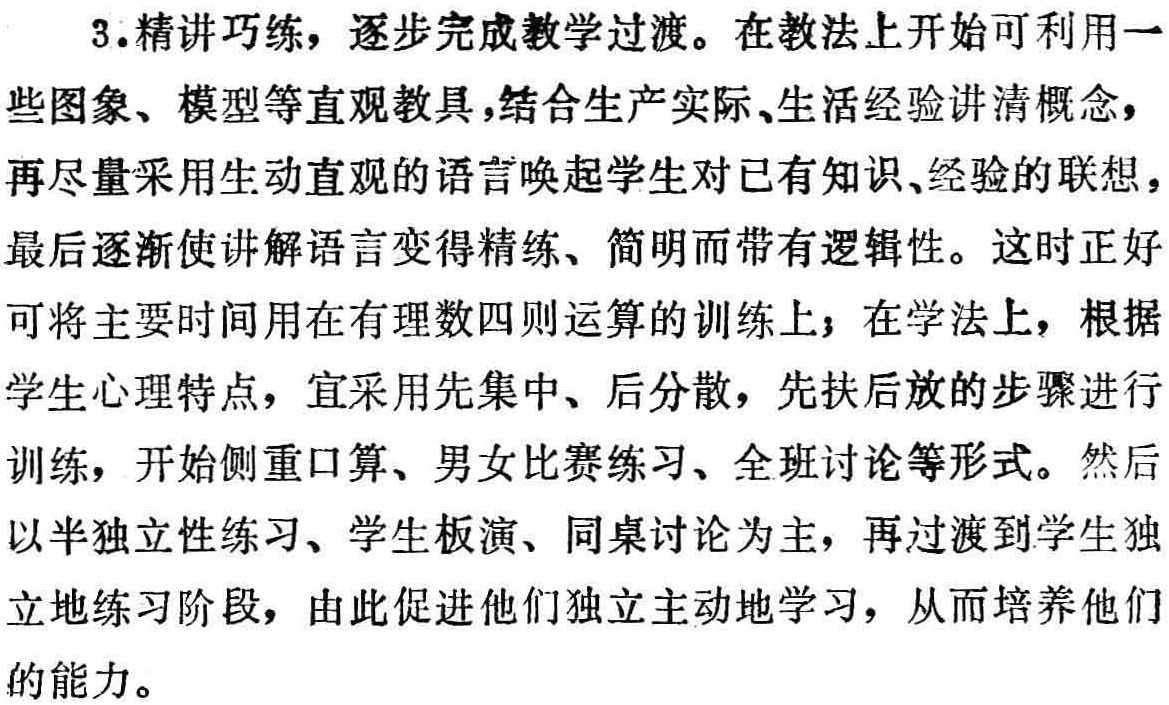
3.精讲巧练，逐步完成教学过渡。在教法上开始可利用一些图象、模型等直观教具，结合生产实际、生活经验讲清概念，再尽量采用生动直观的语言唤起学生对已有知识、经验的联想，最后逐渐使讲解语言变得精练、简明而带有逻辑性。这时正好可将主要时间用在有理数四则运算的训练上；在学法上，根据学生心理特点，宜采用先集中、后分散，先扶后放的步骤进行训练，开始侧重口算、男女比赛练习、全班讨论等形式。然后以半独立性练习、学生板演、同桌讨论为主，再过渡到学生独立地练习阶段，由此促进他们独立主动地学习，从而培养他们的能力。